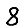
Digit: 8